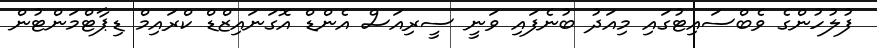
ފުލުހުންގެ ވެބްސައިޓުގައި މިއަދު ބުނެފައި ވަނީ ސީރިއަސް އެންޑް އޮގަނައިޒްޑް ކްރައިމް ޑިޕާޓްމަންޓުން